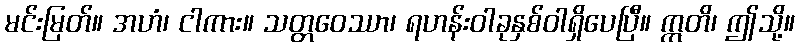
မင်းမြတ်။ အဟံ၊ ငါကား။ သတ္တဝေဿာ၊ ရဟန်းဝါခုနှစ်ဝါရှိပေပြီ။ ဣတိ၊ ဤသို့။